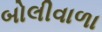
બોલીવાળા